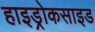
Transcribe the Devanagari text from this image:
हाइड्रोकसाइड